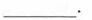
___.